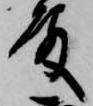
殿